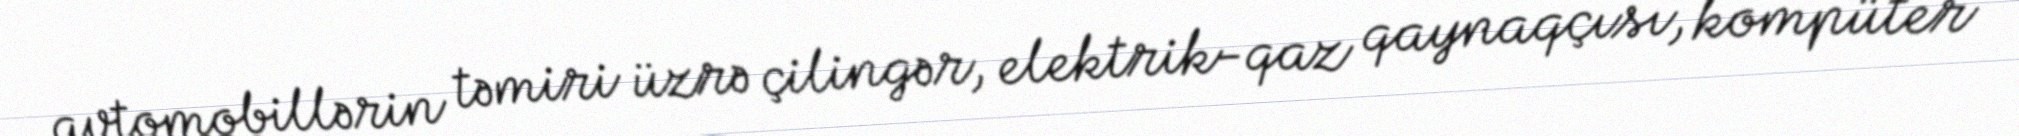
avtomobillərin təmiri üzrə çilingər, elektrik-qaz qaynaqçısı, kompüter